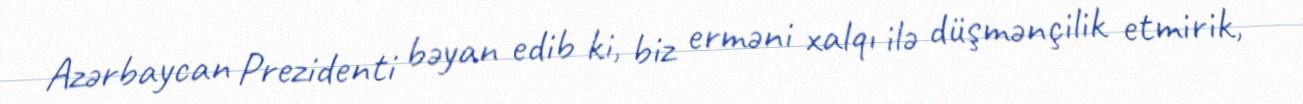
Azərbaycan Prezidenti bəyan edib ki, biz erməni xalqı ilə düşmənçilik etmirik,